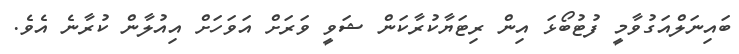
ބައިނަލްއަގުވާމީ ފުޓުބޯޅަ އިން ރިޓަޔާކުރާކަން ޝަވީ ވަރަށް އަވަހަށް އިއުލާން ކުރާނެ އެވެ.